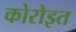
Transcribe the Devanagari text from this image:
कोरोइत